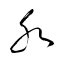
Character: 癶